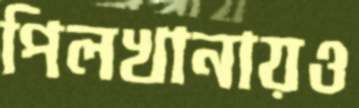
পিলখানায়ও